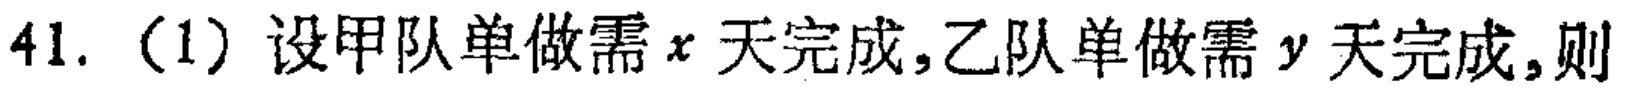
41.（1）设甲队单做需\(x\)天完成,乙队单做需\(y\)天完成,则